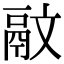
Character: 䰚